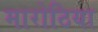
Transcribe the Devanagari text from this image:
मारोठिया